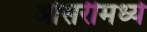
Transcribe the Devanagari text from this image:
ओसरीमध्ये